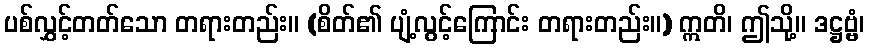
ပစ်လွှင့်တတ်သော တရားတည်း။ (စိတ်၏ ပျံ့လွင့်ကြောင်း တရားတည်း။) ဣတိ၊ ဤသို့။ ဒဋ္ဌဗ္ဗံ၊